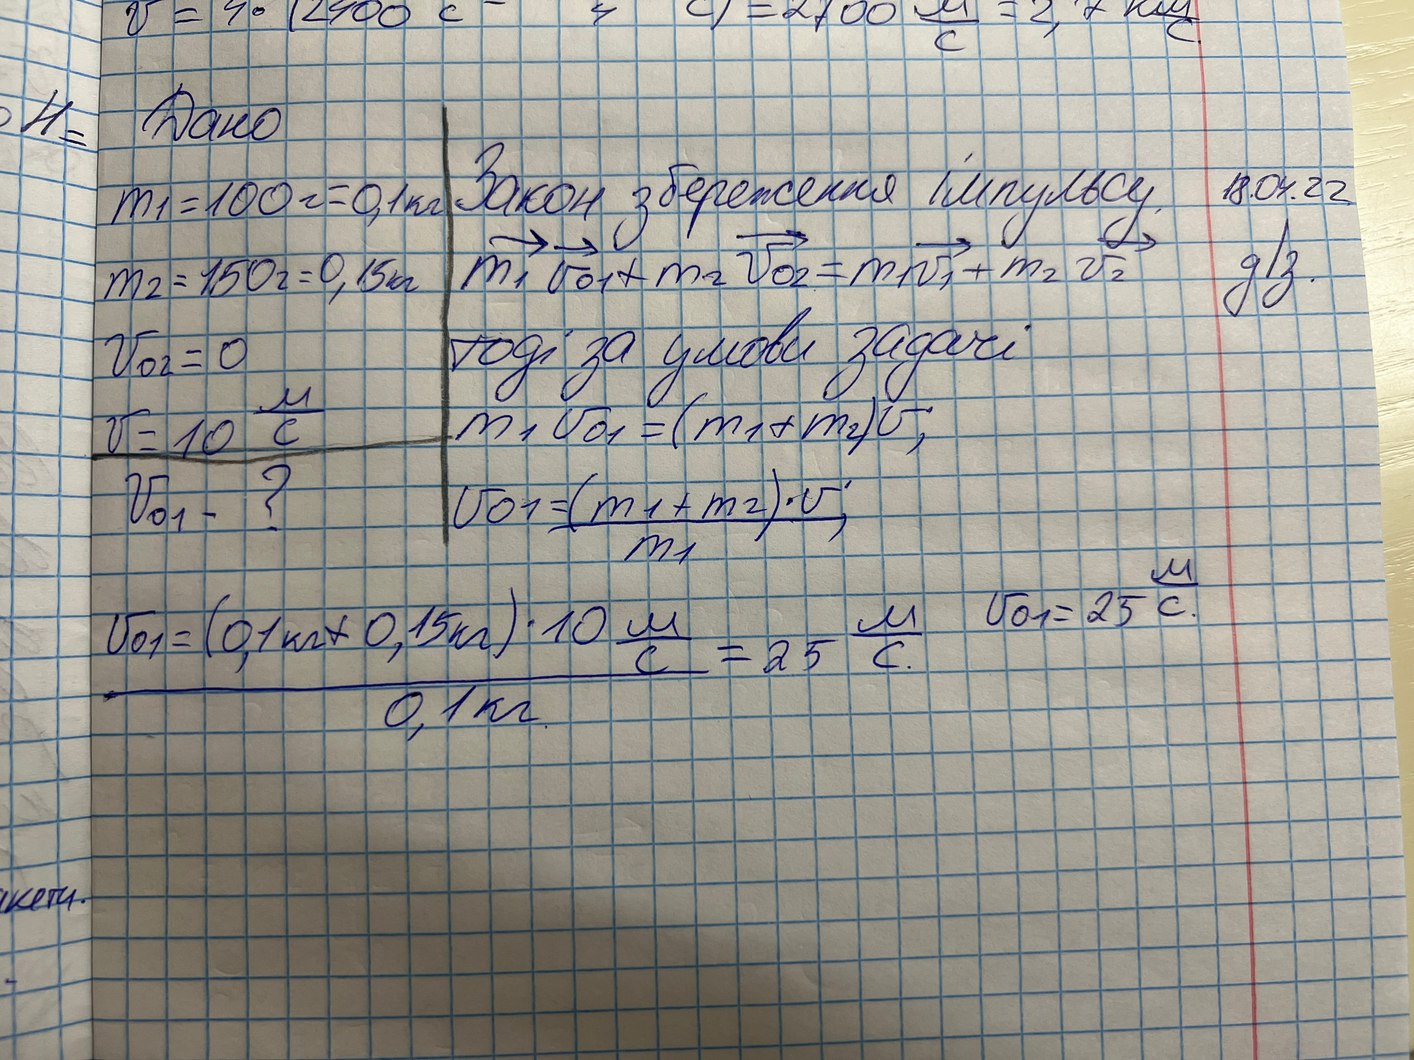
Дано
Закон збереження імпульсу.
m1 = 100г = 0,1кг
18.04.22
m_1V_01 + m_2V_02 = m_1V_1 + m_2V_2
д/з
m2 = 150г = 0,15кг
тоді за умови задачі
V_02 = 0
V = 10 м/с
m_1V_01 = (m_1 + m_2)V
V_01 - ?
V = \frac{(m_1 + m_2) * V}{m_1}
v_{01} = 25 м/с
V_{01} = \frac{(0,1 \text{кг} + 0,15 \text{кг}) * 10 \frac{\text{м}}{\text{с}}}{0,1 \text{кг}} = 25 \frac{\text{м}}{\text{с}}.